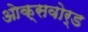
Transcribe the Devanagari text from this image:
ओक्सवोर्ड